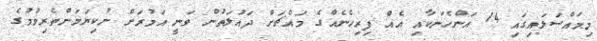
މިމައްސަލައިގައި 14 އަންހެނަކާއި އެއް ފިރިހެނެއްގެ މައްޗަށް ދައުލަތުން ވަނީ އަމުރަށް ނުކިޔަމަންތެރިވުމުގެ